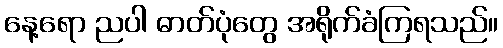
နေ့ရော ညပါ ဓာတ်ပုံတွေ အရိုက်ခံကြရသည်။